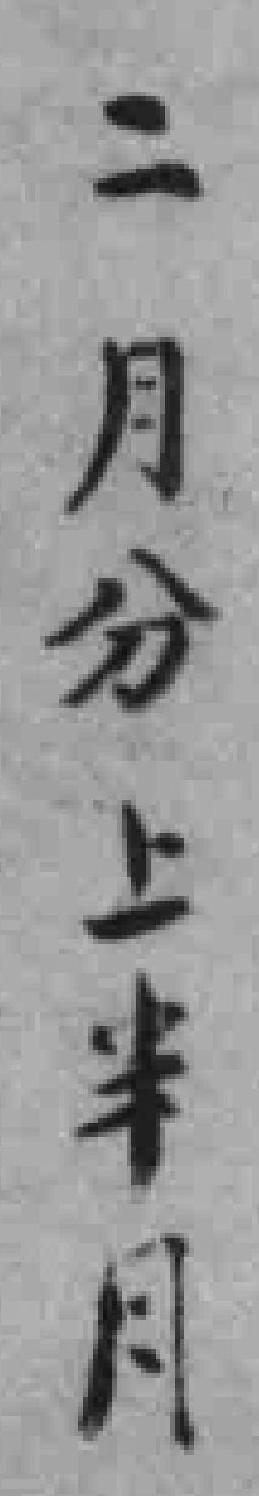
二月分上半月